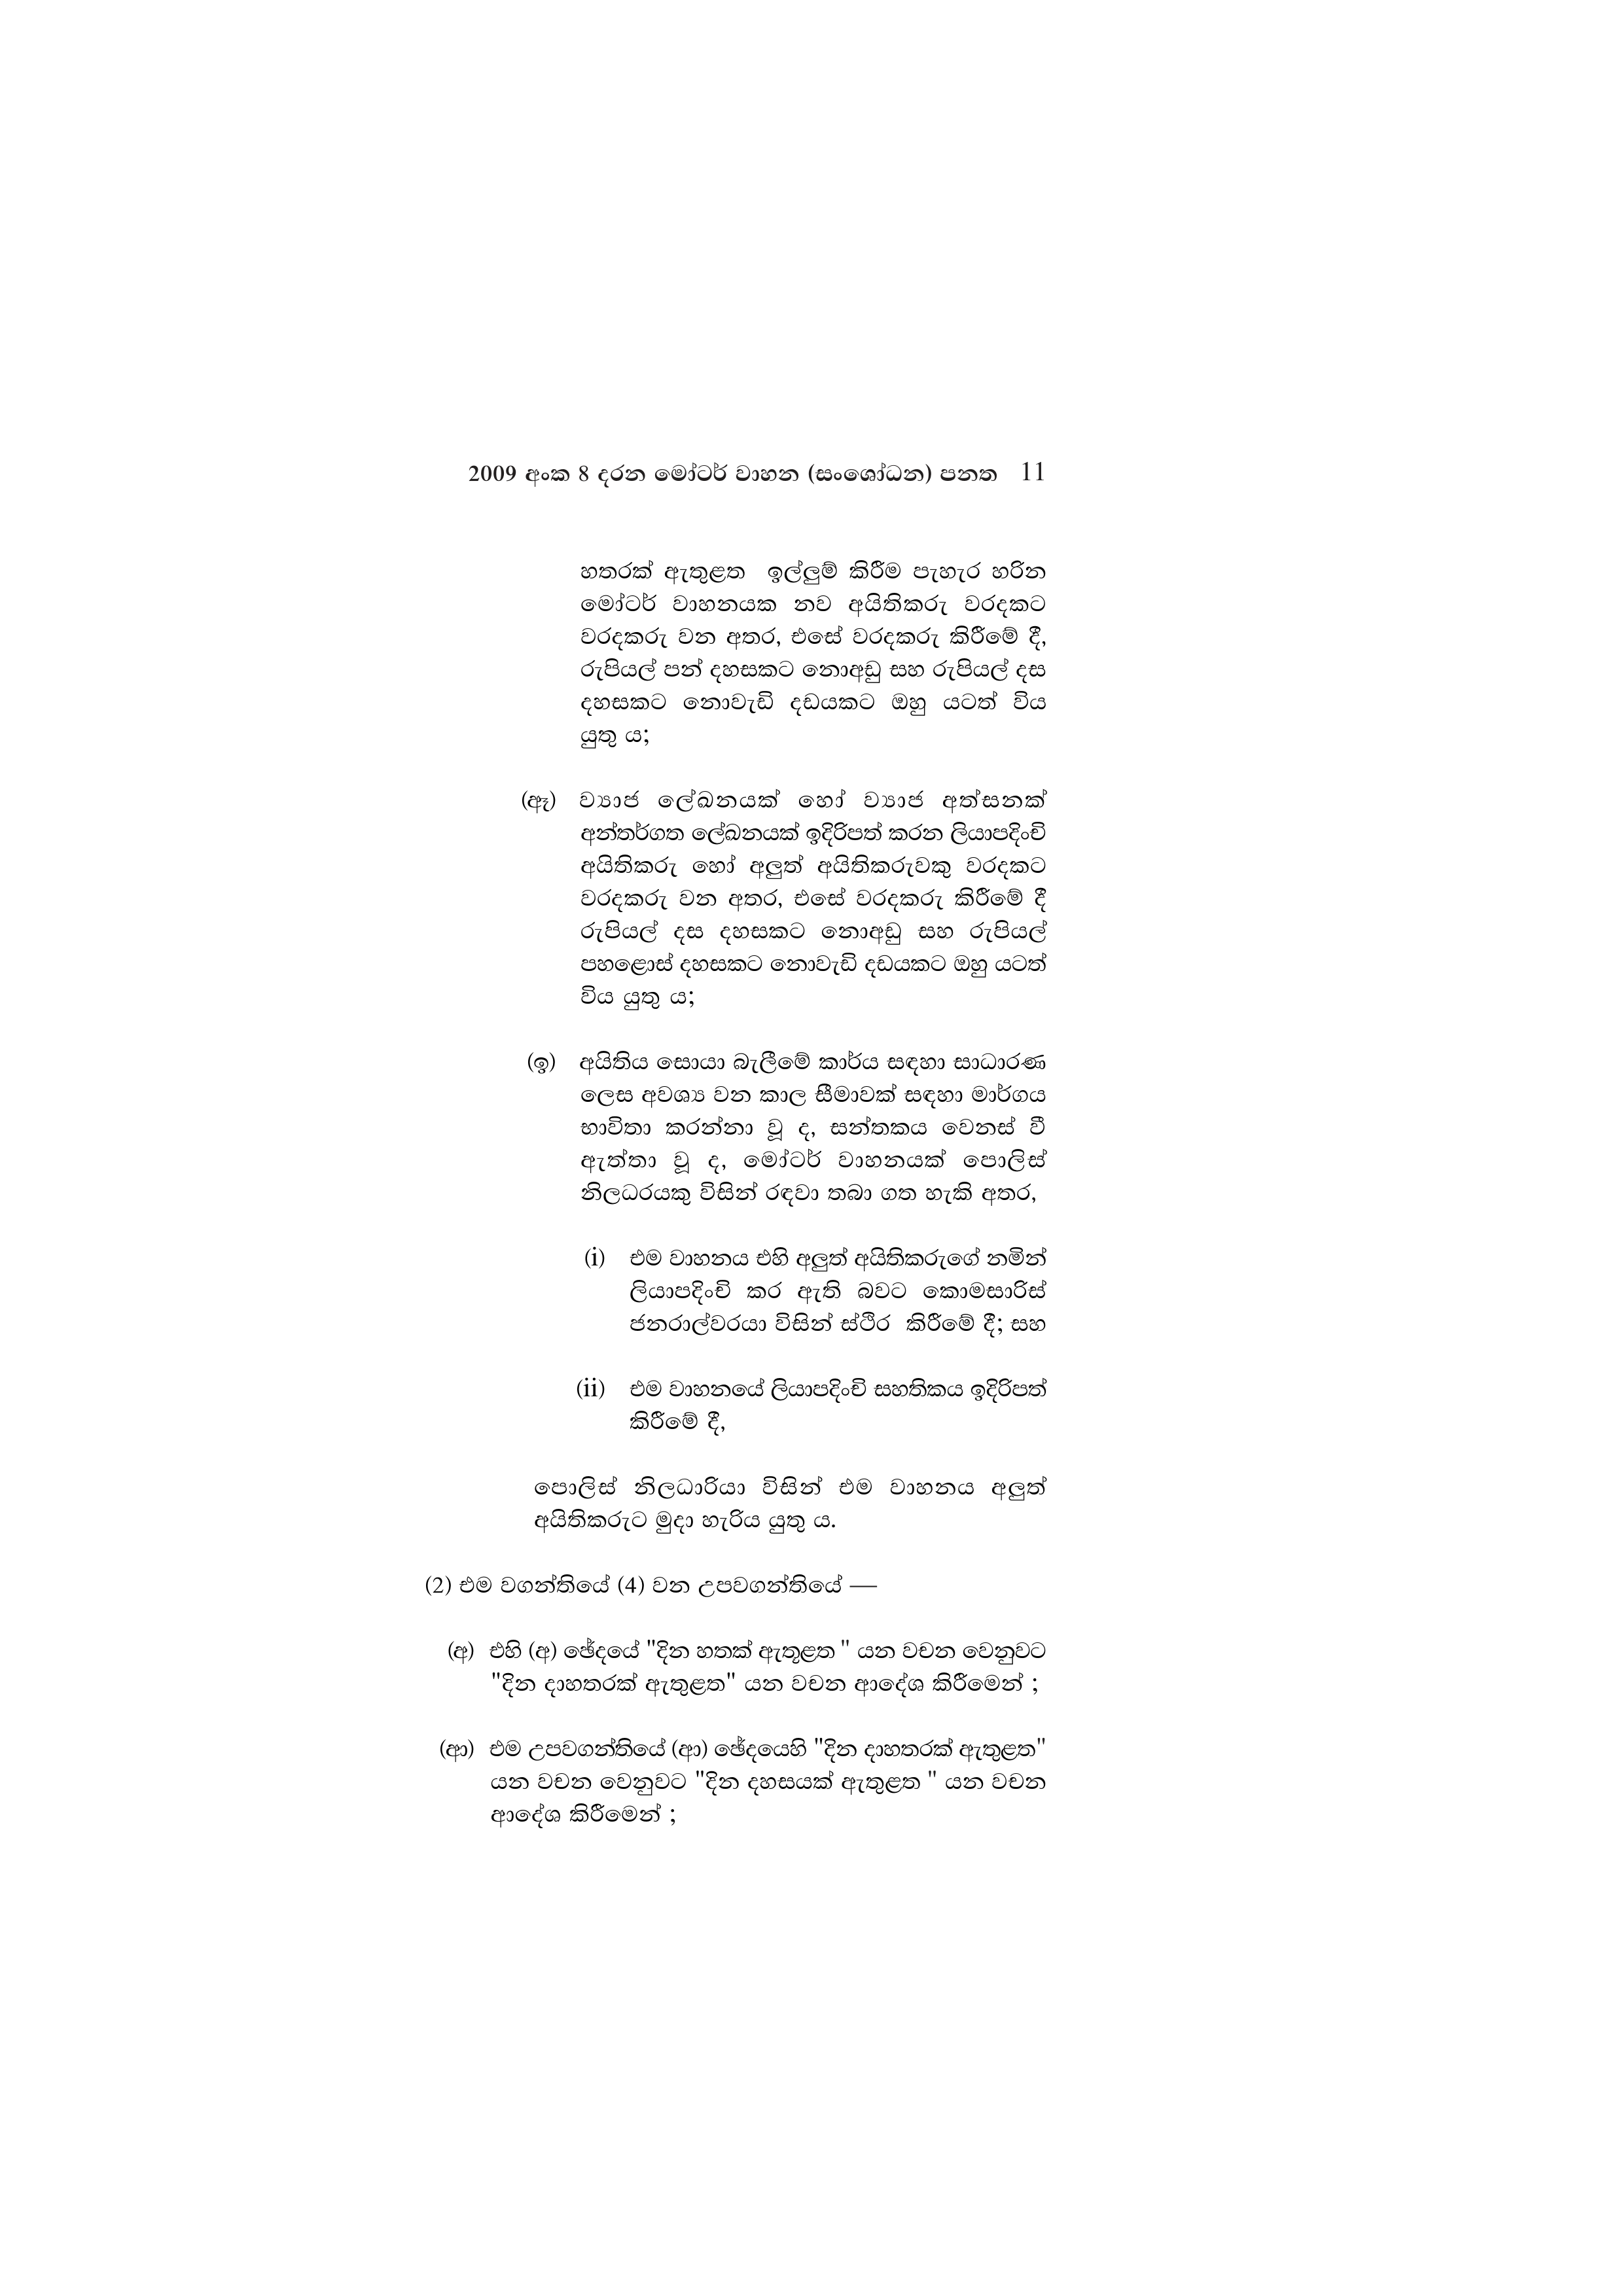
2009 අංක 8 දරන මෝටර් වාහන (සංශෝධන) පනත 11

හතරක් ඇතුළත ඉල්ලුම් කිරීම පැහැර හරින
මෝටර් වාහනයක නව අයිතිකරු වරදකට
වරදකරු වන අතර, එසේ වරදකරු කිරීමේ දී,
රුපියල් පන් දහසකට නොඅඩු සහ රුපියල් දස
දහසකට නොවැඩි දඩයකට ඔහු යටත් විය
යුතු ය;

(ඈ) ව්‍යාජ ලේඛනයක් හෝ ව්‍යාජ අත්සනක්
අන්තර්ගත ලේඛනයක් ඉදිරිපත් කරන ලියාපදිංචි
අයිතිකරු හෝ අලුත් අයිතිකරුවකු වරදකට
වරදකරු වන අතර, එසේ වරදකරු කිරීමේ දී
රුපියල් දස දහසකට නොඅඩු සහ රුපියල්
පහළොස් දහසකට නොවැඩි දඩයකට ඔහු යටත්
විය යුතු ය;

(ඉ) අයිතිය සොයා බැලීමේ කාර්ය සඳහා සාධාරණ
ලෙස අවශ්‍ය වන කාල සීමාවක් සඳහා මාර්ගය
භාවිතා කරන්නා වූ ද, සන්තකය වෙනස් වී
ඇත්තා වූ ද, මෝටර් වාහනයක් පොලිස්
නිලධරයකු විසින් රඳවා තබා ගත හැකි අතර,

(i) එම වාහනය එහි අලුත් අයිතිකරුගේ නමින්
ලියාපදිංචි කර ඇති බවට කොමසාරිස්
ජනරාල්වරයා විසින් ස්ථිර කිරීමේ දී; සහ

(ii) එම වාහනයේ ලියාපදිංචි සහතිකය ඉදිරිපත්
කිරීමේ දී,

පොලිස් නිලධාරියා විසින් එම වාහනය අලුත්
අයිතිකරුට මුදා හැරිය යුතු ය.

(2) එම වගන්තියේ (4) වන උපවගන්තියේ-

(අ) එහි (අ) ඡේදයේ "දින හතක් ඇතුළත " යන වචන වෙනුවට
"දින දාහතරක් ඇතුළත" යන වචන ආදේශ කිරීමෙන් ;

(ආ) එම උපවගන්තියේ (ආ) ඡේදයෙහි "දින දාහතරක් ඇතුළත"
යන වචන වෙනුවට "දින දහසයක් ඇතුළත " යන වචන
ආදේශ කිරීමෙන් ;